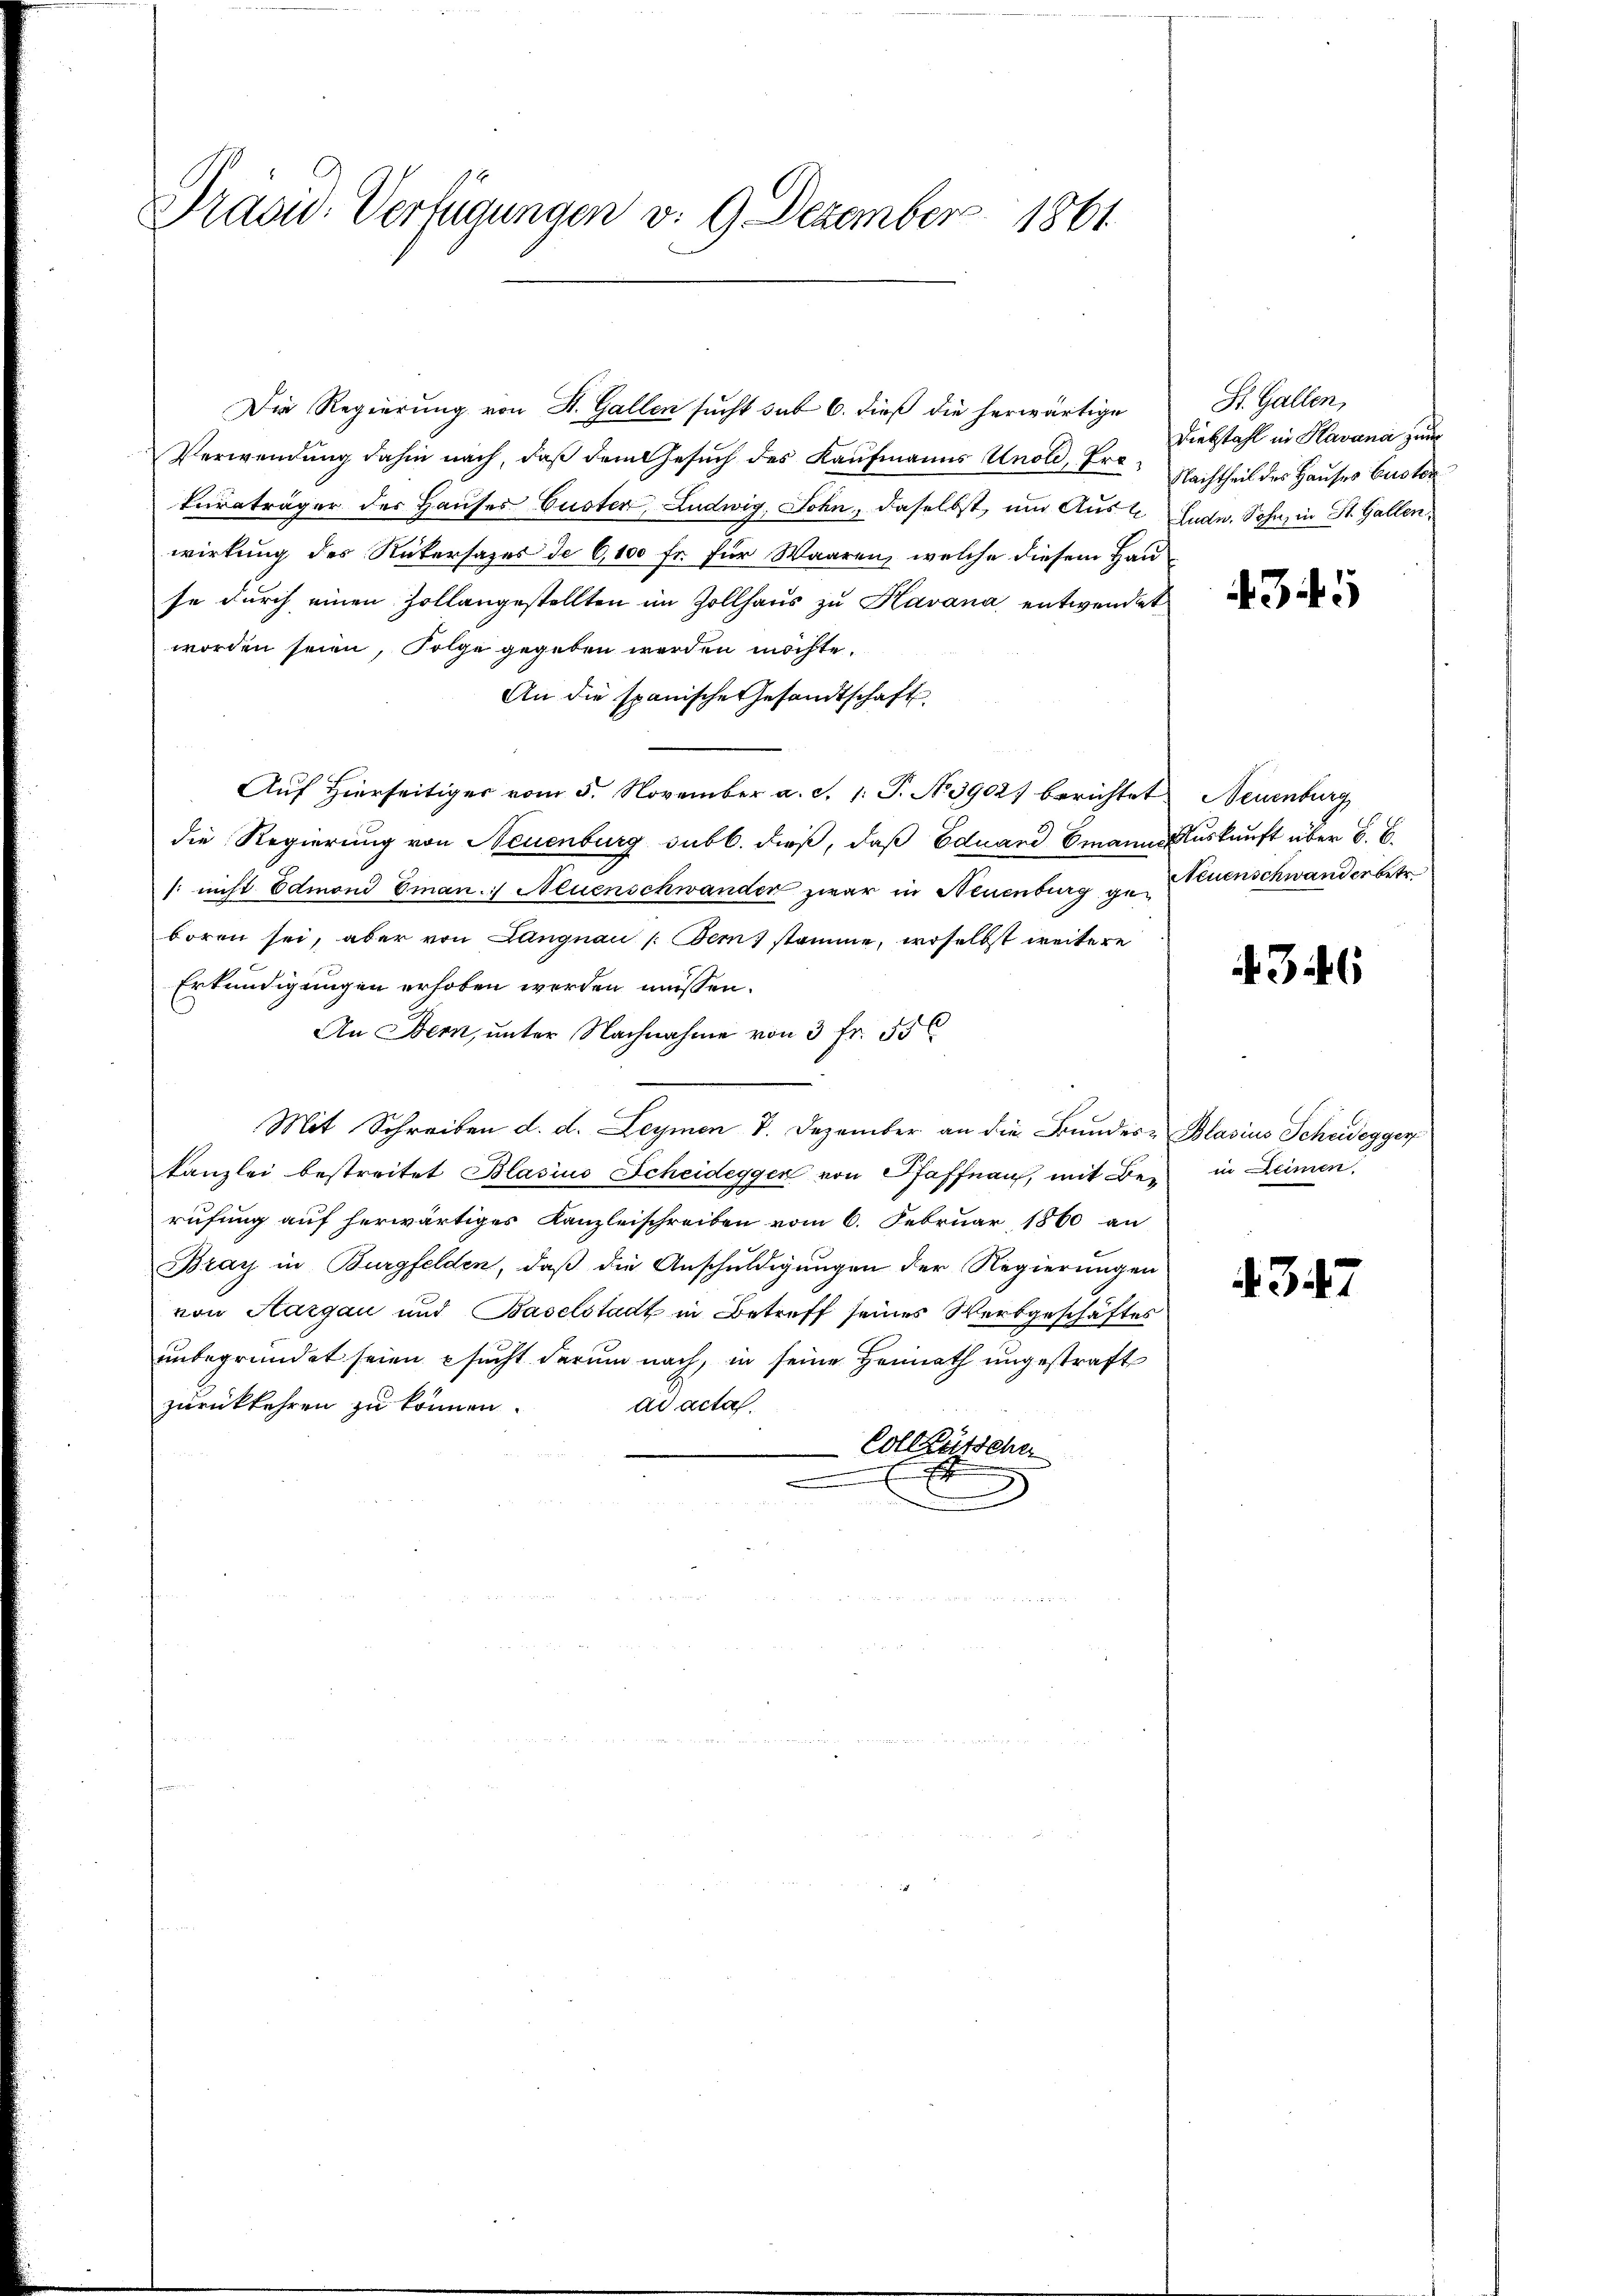
Präsid. Verfügungen v. 9. Dezember 1861

Verwendung dahin nach, daß dem Gesuch des Kaufmanns Unold, Prokuraträger des Hauses Custer, Ludwig, Sohn, daselbst, um Aus 2. Fudn. Sohn, in St. Gallen,
wirkung des Rükersages de 6,100 fr. für Waaren, welche diesem Hau
se durch einen Zollangestellten im Zollhaus zu Havana entwendet
worden seien, Folge gegeben werden möchte.
An die spanische Gesandtschaft
Aŭf Hierseitiger vom 5. November a. d. 1. P. N. 3902) berichtet Neuenburg,
die Regierung von Neuenburg sub b. dieß, daß Eduard Emanns Auskunft über B. E.
: nicht Edmond Eman. Neuenschwander zwar in Neuenburg getruenschwanderbetr.
boren sei, aber von Langnau (Bem) stamme, woselbst weitere
Erkundigungen erhoben werden müssen.
An Bern, unter Nachnahme von 3 fr. 55 x
Mit Schreiben d. d. Leymen 8. Dezember an die Bundes-Blasius Scheidegger
kanzlei bestreitet Blasius Scheideggen von Pfaffnau, mit Berufung auf herwärtiges Kanzleischreiben vom 6. Februar 1860 an
Bray in Burgfelden, daß die Anschuldigungen der Regierungen
von Aargau und Baselstadt in Betreff seines Werbgeschäftes
unbegründet seien sucht darum nach, in seine Heimath ungestraft
zurückkehren zu können.
Ad acta
Collaussche

Die Regierung von St. Gallen sucht sub 6. dieß die herwärtige

St. Gallen,
Diebstahl in Havana zum
Nachtheil des Hauses Custor

4345

4346

in Deinen,

A. 347